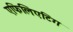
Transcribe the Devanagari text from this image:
एफिलिएटिंग